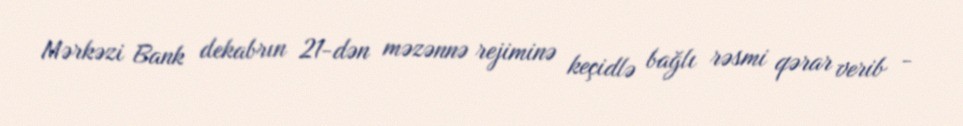
Mərkəzi Bank dekabrın 21-dən məzənnə rejiminə keçidlə bağlı rəsmi qərar verib -